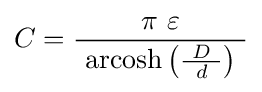
C={\frac {\ \pi \ \varepsilon \ }{\ \operatorname {arcosh} \left({\frac {\ D\ }{d}}\right)\ }}